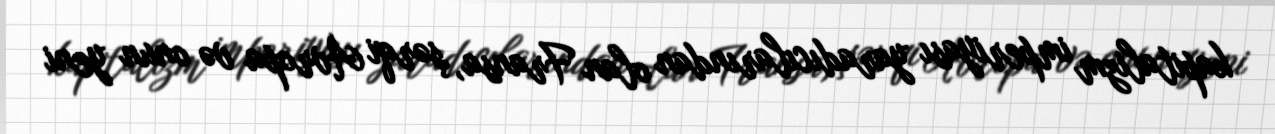
kapitalizm imperiyası yaradıcılarından olan Fransa, şərqi Avropa və onun yeni